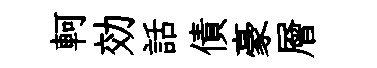
軻効話債豪層